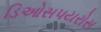
ડિઓસપયરોસ